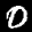
Digit: 0